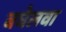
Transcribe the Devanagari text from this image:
बघेलवा